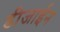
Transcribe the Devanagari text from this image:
डीजाईन